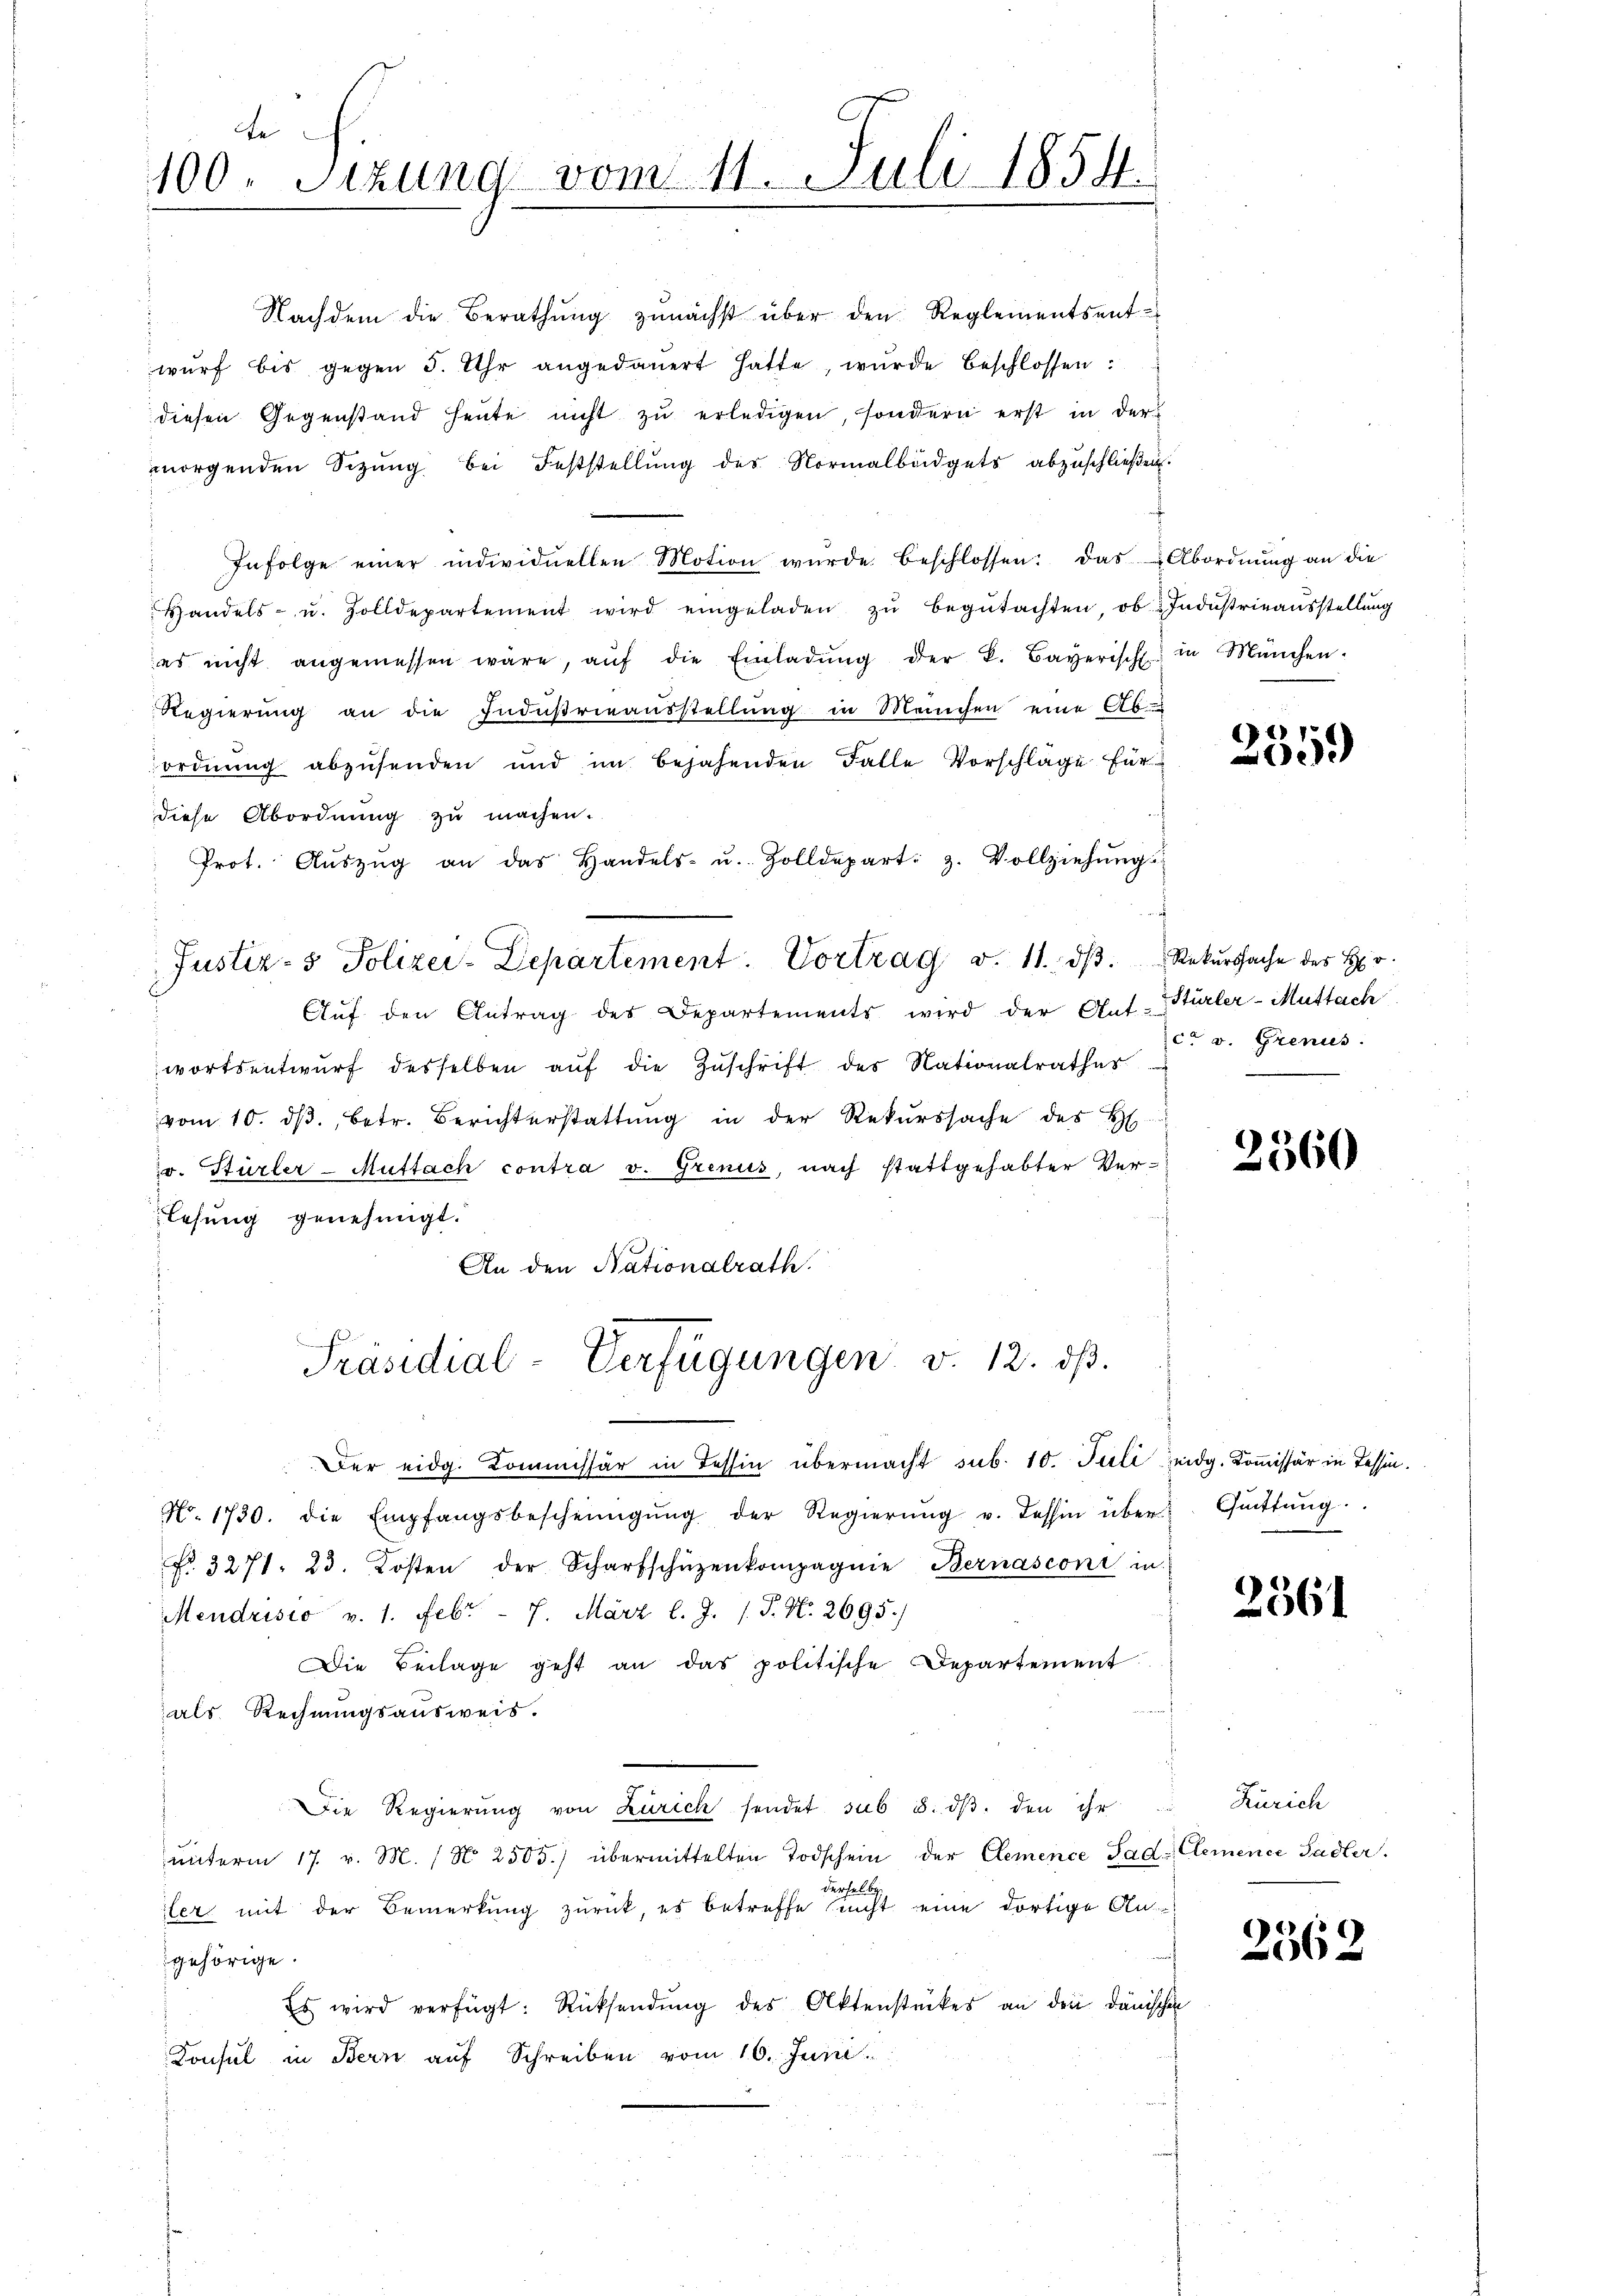
e
100. Sizung vom 11. Juli 1854.

Nachdem die Berathŭng zunächst über den Reglementsent-
wurf bis gegen 5. Uhr angedauert hatte, wurde beschlossen:
diesen Gegenstand heŭte nicht zŭ erledigen, sondern erst in der
morgenden Sitzŭng bei Feststellŭng des Normalbüdgets abzŭschlieβen.
 Infolge einer individuellen Motion wurde beschlossen: das Abordnŭng an die
Handels- u. Zolldepartement wird eingeladen zŭ begŭtachten, ob Indŭstrieaŭsstellŭng
es nicht angemessen wäre, aŭf die Einladŭng der k. Bayerisch in München.
Regierŭng an die Indŭβrieaŭsstellŭng in Meinchen eine Ab-
ordnung abzŭsenden und im bejahenden Falle Vorschläge für
diese Abordnung zu machen.
Prot. Aŭszŭg an das Handels- u. Zolldepart: 3. Vollziehŭng
f
Justiz- & Polizei-Departement. Vortrag d. 11. dβ. Rekŭrssache des Hr
Auf den Antrag des Departements wird der Ant-
wortsentwurf desselben auf die Zuschrift des Nationalrathes
vom 10. dβ. betr. Berichterstattŭng in der Rekŭrssache des H
v. Stürler-Muffach contra v. Grenus, nach stattgehabter Verlesung genehmigt.
An den Nationalrath.

Präsidial-Verfügungen v. 12. dß.

Der eidg. Kommissär in Tessin übermacht sub. 10. Juli eidg. Kommissär in Tessin.
No. 1730. die Empfangsbescheinigŭng der Regierŭng u. dessin über Güttŭng.
No. 3271. 23. Kosten der Scharfschüzenkompagnie Bernasconi in
Mendrisio v. 1. Febr. - 7. März l. J. 1. P. N. 2695.
Die Beilage geht an das politische Departement
als Rechnungsausweis.
Die Regierŭng von Zürich sendet sub 8. dβ. den ihr
ŭnterm 17. v. M. (N. 2505.) übermittelten Todschein der Clemence Sad. Clemence Sadler.
darf
b
iler mit der Bemerkung zurück, es betreffe nicht eine dortige Angehörige.
Es wird verfügt: Rücksendŭng des Aktenstückes an den dänischen
Konsul in Bern auf Schreiben vom 16. Juni.

2359

Stürler - Muttach
cr v. Grenus.

2560

2361

Zürich

2362